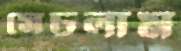
সেচলাম